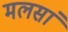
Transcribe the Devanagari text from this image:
मलसां